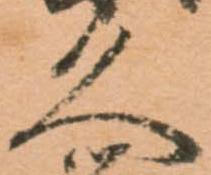
久